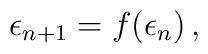
\epsilon_{n+1} = f(\epsilon_{n}) \, ,